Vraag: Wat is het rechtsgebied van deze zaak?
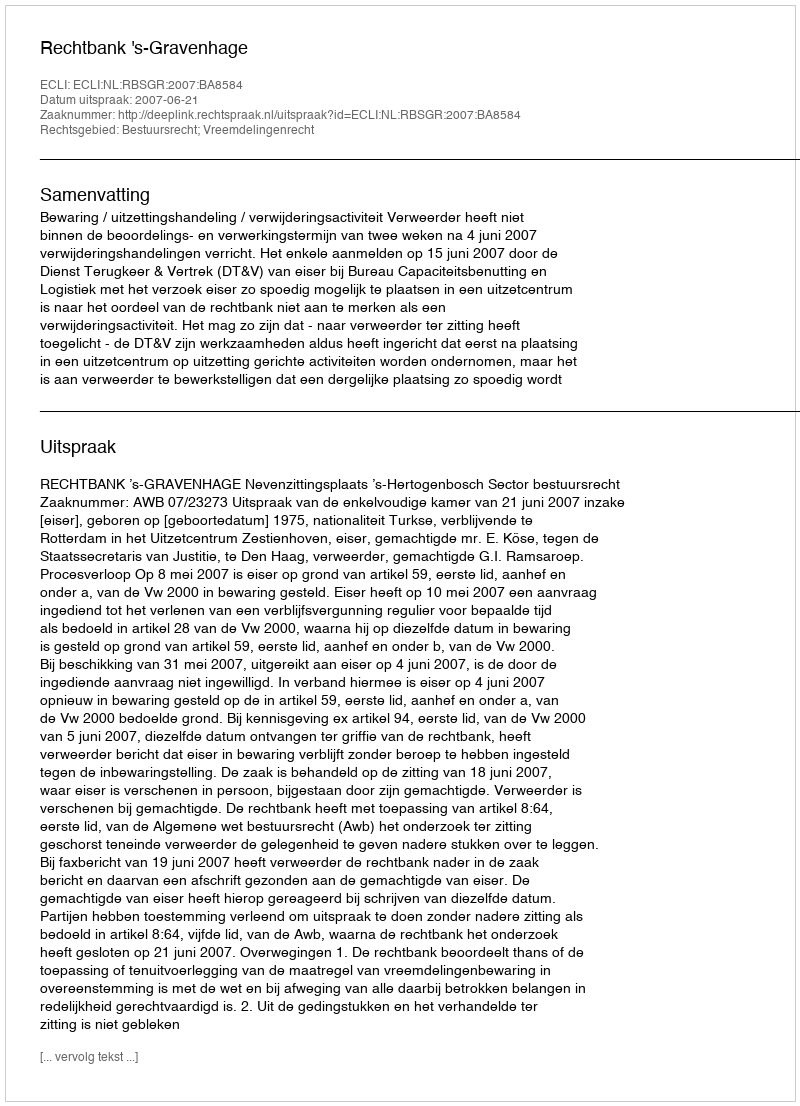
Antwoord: Bestuursrecht; Vreemdelingenrecht